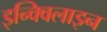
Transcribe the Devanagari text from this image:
इन्क्विलाइन